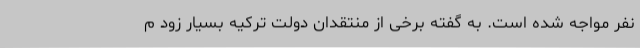
نفر مواجه شده است. به گفته برخی از منتقدان دولت ترکیه بسیار زود م